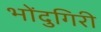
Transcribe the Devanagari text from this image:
भोंदुगिरी